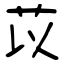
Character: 苡